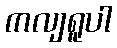
ကလျရူပါ